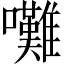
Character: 𡅧